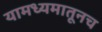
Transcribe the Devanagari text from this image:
यामध्यमातूनच